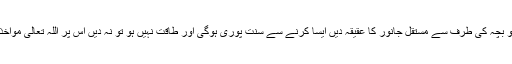
اگر طاقت ہے تو بچہ کی طرف سے مستقل جانور کا عقیقہ دیں ایسا کرنے سے سنت پوری ہوگی اور طاقت نہیں ہو تو نہ دیں اس پر اللہ تعالی مواخذہ نہیں کرے گا۔